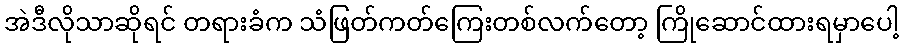
အဲဒီလိုသာဆိုရင် တရားခံက သံဖြတ်ကတ်ကြေးတစ်လက်တော့ ကြိုဆောင်ထားရမှာပေါ့